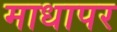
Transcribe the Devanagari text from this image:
माधापर